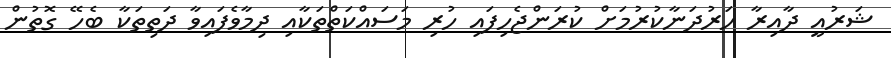
ޝަރުއީ ދާއިރާ ހަރުދަނާކުރުމަށް ކުރަންޖެހިފައި ހުރި މަސައްކަތްތަކާއި ދިމާވެފައިވާ ދަތިތަކާ ބެހޭ ގޮތުން